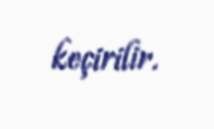
keçirilir.